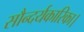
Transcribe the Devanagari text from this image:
सौन्दर्यकारिका।